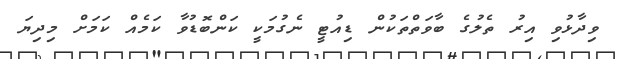
ވިދާޅުވި އިރު ތެލުގެ ބާވަތްތަކުން ޑިއުޓީ ނެގުމަކީ ކަންބޮޑުވާ ކަމެއް ކަމަށް މިދިޔަ